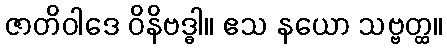
ဇာတိဝါဒေ ဝိနိဗဒ္ဓါ။ ဧသ နယော သဗ္ဗတ္ထ။